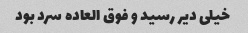
خیلی دیر رسید و فوق العاده سرد بود